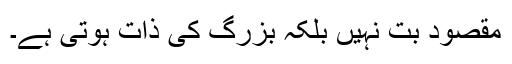
مقصود بُت نہیں بلکہ بزرگ کی ذات ہوتی ہے۔